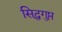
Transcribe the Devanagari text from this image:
सिद्धगुप्त